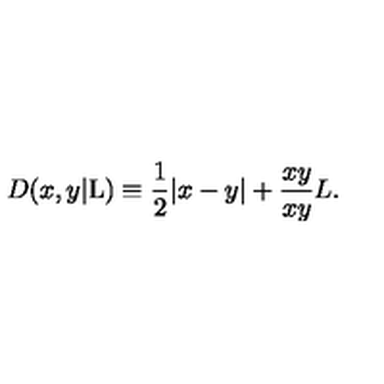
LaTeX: D ( x , y | \mathrm { L } ) \equiv \frac { 1 } { 2 } | x - y | + \frac { x y } { x y } { L } .